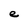
Character: e